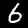
Label: 6